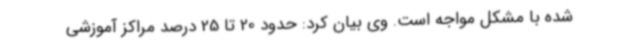
شده با مشکل مواجه است. وی بیان کرد: حدود 20 تا 25 درصد مراکز آموزشی